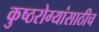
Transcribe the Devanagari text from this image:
कुष्ठरोग्यांसाठीच